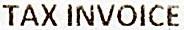
TAX INVOICE